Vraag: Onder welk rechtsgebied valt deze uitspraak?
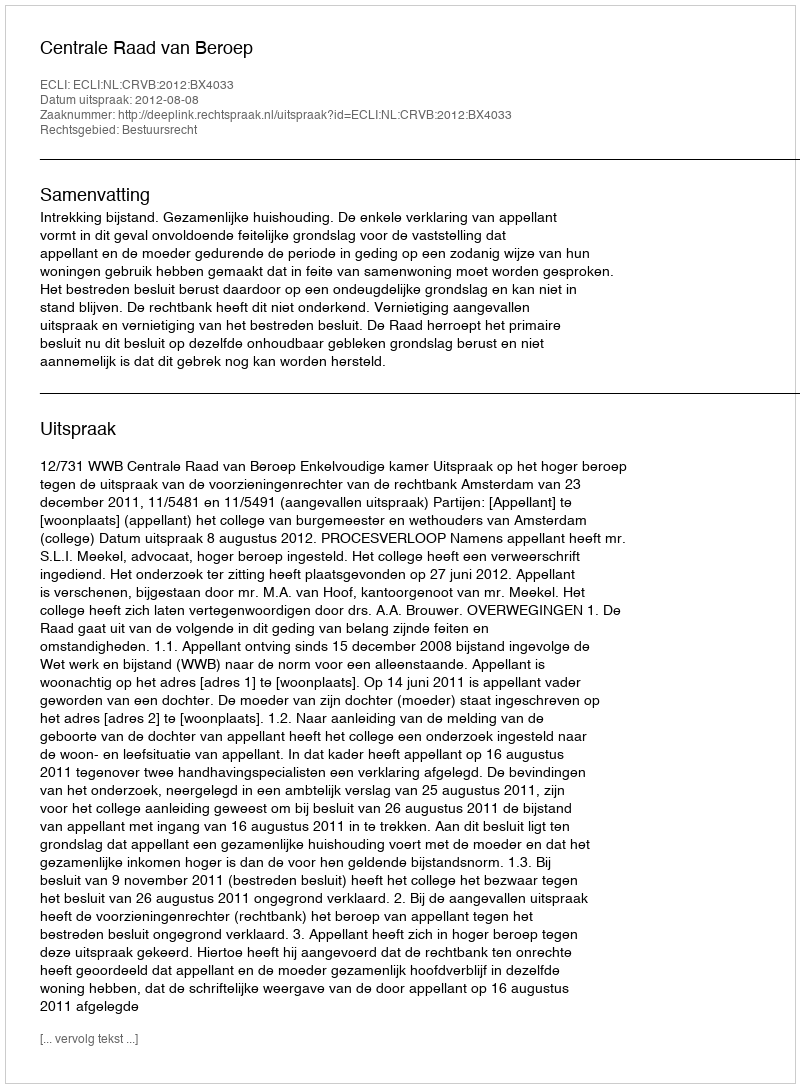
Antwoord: Bestuursrecht